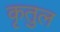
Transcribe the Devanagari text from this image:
कृतुल